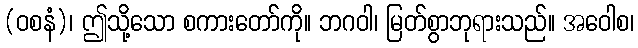
(ဝစနံ)၊ ဤသို့သော စကားတော်ကို။ ဘဂဝါ၊ မြတ်စွာဘုရားသည်။ အဝေါစ၊